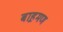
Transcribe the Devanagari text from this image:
बाह़मण